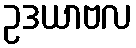
ဥဒယာဗလ